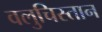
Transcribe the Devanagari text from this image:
वलुचिस्तान